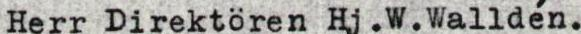
Herr Direktören Hj.W.Walldén.